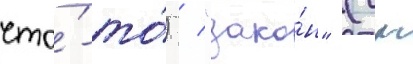
что́-то́) / "зако́н" (см